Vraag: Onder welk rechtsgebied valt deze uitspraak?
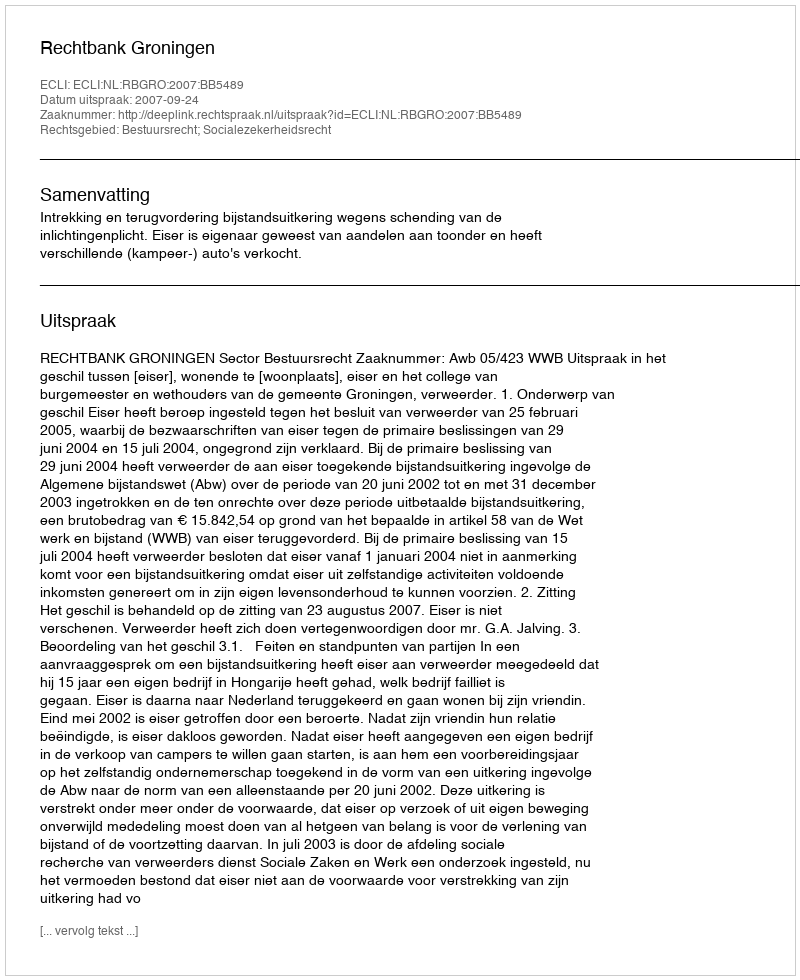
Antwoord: Bestuursrecht; Socialezekerheidsrecht